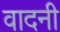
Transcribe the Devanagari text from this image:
वादनी